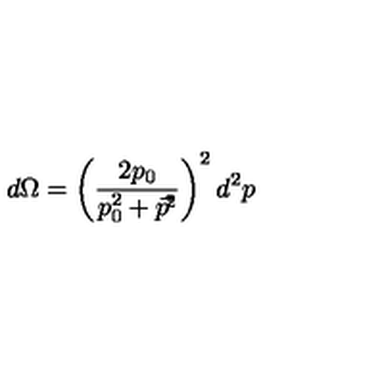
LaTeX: d \Omega = \left( \frac { 2 p _ { 0 } } { p _ { 0 } ^ { 2 } + \vec { p } ^ { \! 2 } } \right) ^ { 2 } d ^ { 2 } p